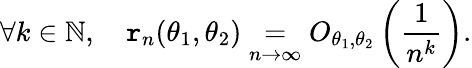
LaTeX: \forall k\in\mathbb{N},\quad\mathtt{r}_{n}(\theta_{1},\theta_{2})\underset{n\to\infty}{=}O_{\theta_{1},\theta_{2}}\left(\frac{1}{n^{k}}\right).